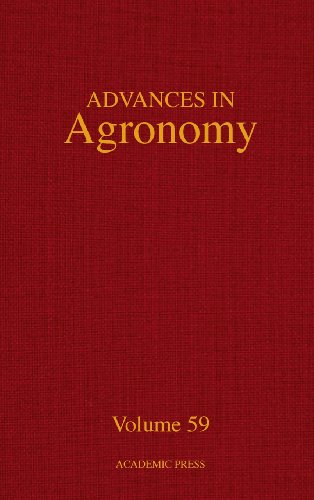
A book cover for Advances in Agronomy, Volume 59; Crafts, Hobbies & Home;